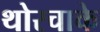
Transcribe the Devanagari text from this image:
थोरचाके